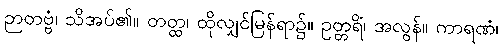
ဉာတဗ္ဗံ၊ သိအပ်၏။ တတ္ထ၊ ထိုလျှင်မြန်ရာ၌။ ဥတ္တရိံ၊ အလွန်။ ကာရဏံ၊